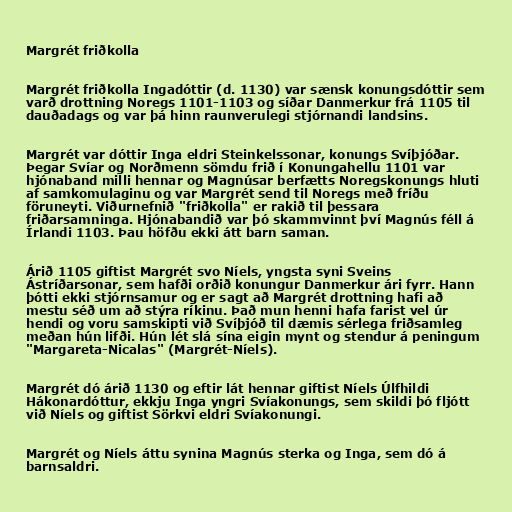
Margrét friðkolla

Margrét friðkolla Ingadóttir (d. 1130) var sænsk konungsdóttir sem
varð drottning Noregs 1101-1103 og síðar Danmerkur frá 1105 til
dauðadags og var þá hinn raunverulegi stjórnandi landsins.

Margrét var dóttir Inga eldri Steinkelssonar, konungs Svíþjóðar.
Þegar Svíar og Norðmenn sömdu frið í Konungahellu 1101 var
hjónaband milli hennar og Magnúsar berfætts Noregskonungs hluti
af samkomulaginu og var Margrét send til Noregs með fríðu
föruneyti. Viðurnefnið "friðkolla" er rakið til þessara
friðarsamninga. Hjónabandið var þó skammvinnt því Magnús féll á
Írlandi 1103. Þau höfðu ekki átt barn saman.

Árið 1105 giftist Margrét svo Níels, yngsta syni Sveins
Ástríðarsonar, sem hafði orðið konungur Danmerkur ári fyrr. Hann
þótti ekki stjórnsamur og er sagt að Margrét drottning hafi að
mestu séð um að stýra ríkinu. Það mun henni hafa farist vel úr
hendi og voru samskipti við Svíþjóð til dæmis sérlega friðsamleg
meðan hún lifði. Hún lét slá sína eigin mynt og stendur á peningum
"Margareta-Nicalas" (Margrét-Níels).

Margrét dó árið 1130 og eftir lát hennar giftist Níels Úlfhildi
Hákonardóttur, ekkju Inga yngri Svíakonungs, sem skildi þó fljótt
við Níels og giftist Sörkvi eldri Svíakonungi.

Margrét og Níels áttu synina Magnús sterka og Inga, sem dó á
barnsaldri.